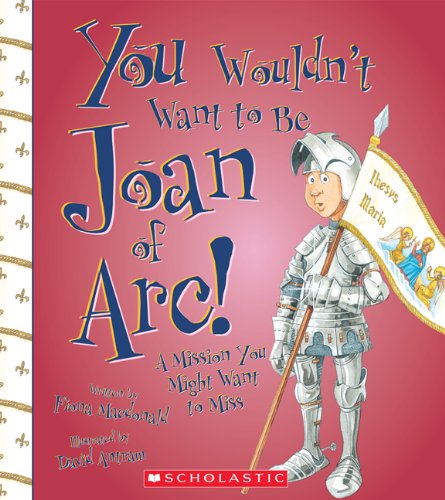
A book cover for You Wouldn't Want to Be Joan of Arc!: A Mission You Might Want to Miss; Fiona MacDonald; Children's Books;